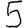
Digit: 5